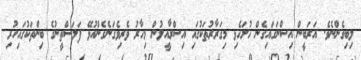
ލިބިގެންނެވެ. އަރަބީން އިސްނަގައިގެން ހުށަހެޅި މިގަރާރުތަކުގައި އިސްރާއީލުން މިހާރު ވެރިވެގަނެގެންއުޅޭ ފަލަސްތީނުގެ ބިންތަކުގައިހުރި